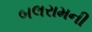
બલરામની